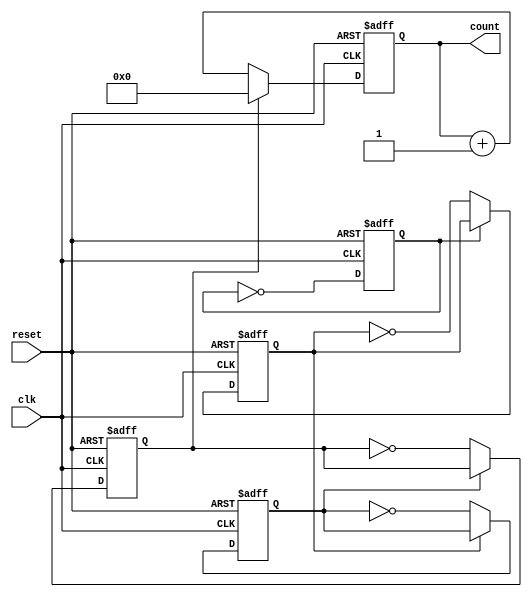
module async_counter #(parameter N = 4) (
    input wire clk,       // Clock input
    input wire reset,     // Asynchronous reset
    output reg [N-1:0] count // N-bit output count
);

// Always block that triggers on the clock edge or reset
always @(posedge clk or posedge reset) begin
    if (reset) begin
        // Asynchronous reset to 0
        count <= 0;
    end else begin
        // Asynchronous counting logic
        if (count[N-1] == 0) begin
            count <= count + 1; // Increment the count
        end else begin
            count <= 0; // Wrap around to 0
        end
    end
end

// Flip-flop logic for counting
// Each subsequent flip-flop has the toggle condition dependent on the preceding flip-flop
always @(posedge clk or posedge reset) begin
    if (reset) begin
        count[0] <= 0; // Reset LSB
    end else begin
        count[0] <= ~count[0]; // Toggle LSB on clock edge
    end
end

genvar i;
generate
    for (i = 1; i < N; i = i + 1) begin : flip_flop_chain
        always @(posedge clk or posedge reset) begin
            if (reset) begin
                count[i] <= 0; // Reset the flip-flop
            end else begin
                // Toggle if the previous flip-flop is 0 (falling edge detection)
                if (count[i-1] == 0) begin
                    count[i] <= ~count[i];
                end
            end
        end
    end
endgenerate

endmodule